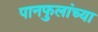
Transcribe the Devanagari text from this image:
पानफुलांच्या